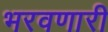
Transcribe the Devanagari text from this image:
भरवणारी